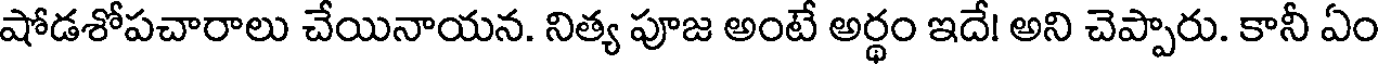
షోడశోపచారాలు చేయినాయన. నిత్య పూజ అంటే అర్థం ఇదే! అని చెప్పారు. కానీ ఏం